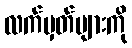
လက်မှတ်များကို